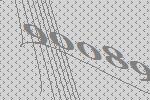
90089